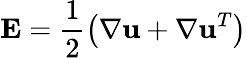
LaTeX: \mathbf{E}=\frac{1}{2}\left(\nabla\mathbf{u}+\nabla\mathbf{u}^{T}\right)